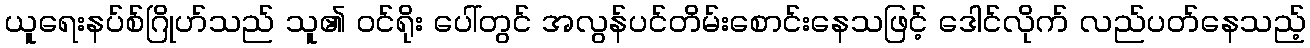
ယူရေးနပ်စ်ဂြိုဟ်သည် သူ၏ ဝင်ရိုး ပေါ်တွင် အလွန်ပင်တိမ်းစောင်းနေသဖြင့် ဒေါင်လိုက် လည်ပတ်နေသည့်